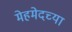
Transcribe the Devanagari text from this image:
मेहमेदच्या